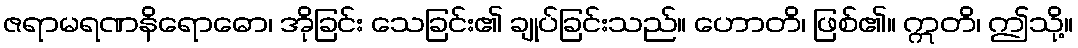
ဇရာမရဏနိရောဓော၊ အိုခြင်း သေခြင်း၏ ချုပ်ခြင်းသည်။ ဟောတိ၊ ဖြစ်၏။ ဣတိ၊ ဤသို့။